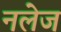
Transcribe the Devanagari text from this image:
नलेज